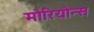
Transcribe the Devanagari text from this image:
मोरियोन्स